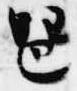
琶